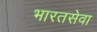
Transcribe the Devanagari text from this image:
भारतसेवा